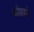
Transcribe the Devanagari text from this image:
कोष्ठाने